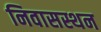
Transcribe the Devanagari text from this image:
निवासस्थन